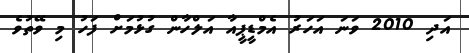
އަދި 2010 ވަނަ އަހަރު އެމްޑީޕީއާ އަލްހާން ގުޅުމަށް ފަހު މި ވޭތުވެ